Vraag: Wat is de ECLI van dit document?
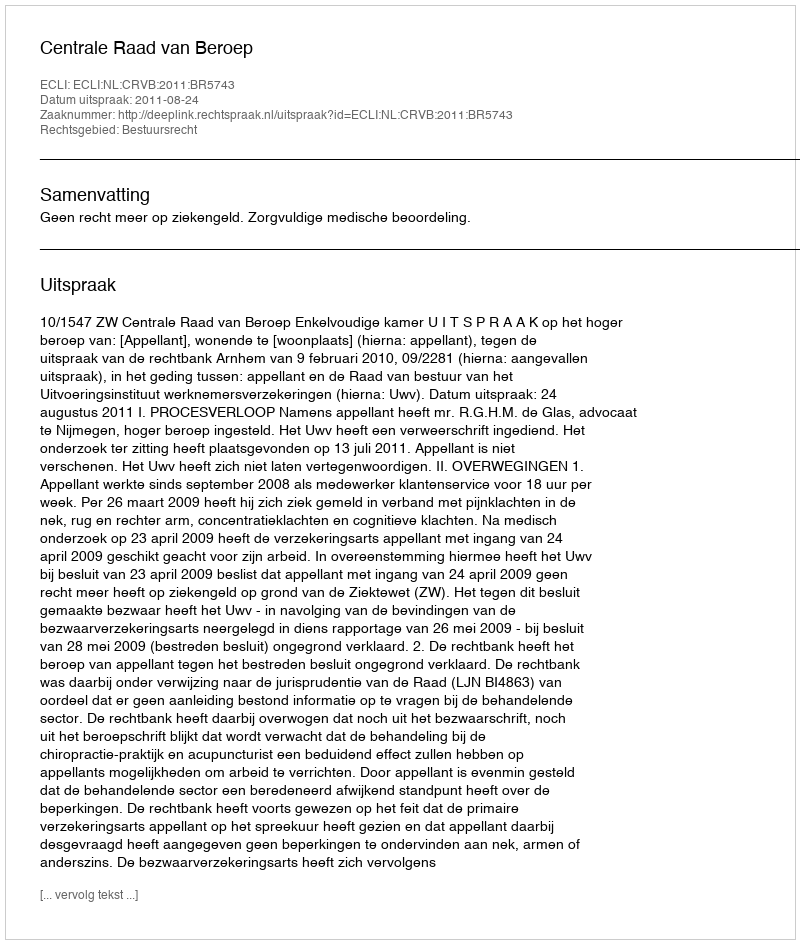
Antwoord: ECLI:NL:CRVB:2011:BR5743